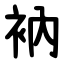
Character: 衲